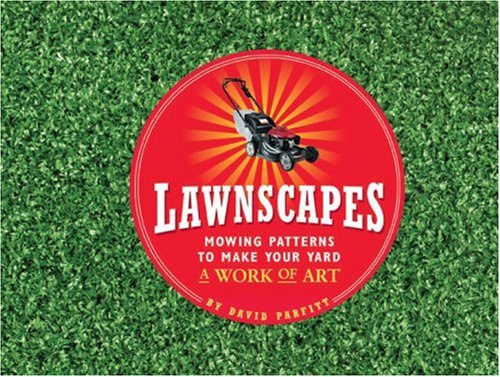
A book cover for Lawnscapes: Mowing Patterns to Make Your Yard a Work of Art; David Parfitt; Crafts, Hobbies & Home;